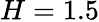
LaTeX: H=1.5